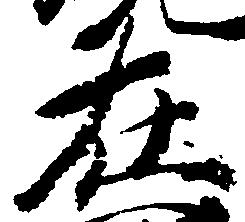
在